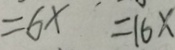
= 6 x = 1 6 x